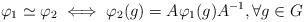
LaTeX: \begin{align*}\varphi_{1}\simeq\varphi_{2} \iff \varphi_{2}(g)=A\varphi_{1}(g)A^{-1}, \forall g\in G\end{align*}